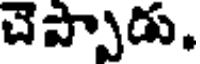
చెప్పాడు.